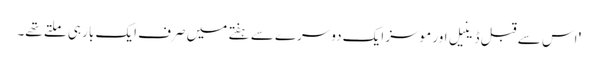
' اس سے قبل ڈینیل اور موسز ایک دوسرے سے ہفتے میں صرف ایک بار ہی ملتے تھے۔